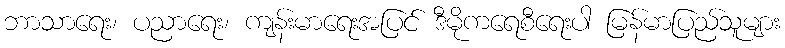
ဘာသာရေး၊ ပညာရေး၊ ကျန်းမာရေးအပြင် ဒီမိုကရေစီရေးပါ မြန်မာပြည်သူများ